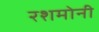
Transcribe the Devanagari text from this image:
रशमोनी